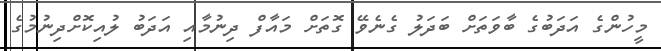
މީހުންގެ އަދަބުގެ ބާވަތަށް ބަދަލު ގެނެވޭ ގޮތަށް މައާފް ދިނުމާއި އަދަބު ލުއިކޮށްދިނުމުގެ